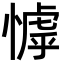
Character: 㦆